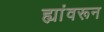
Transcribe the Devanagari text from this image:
ह्यांवरून